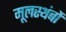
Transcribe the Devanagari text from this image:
मूलस्थंबों